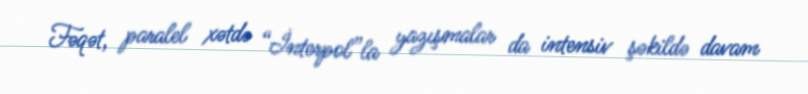
Fəqət, paralel xətdə “İnterpol”la yazışmalar da intensiv şəkildə davam